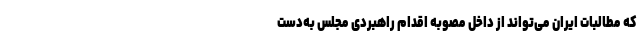
که مطالبات ایران می‌تواند از داخل مصوبه اقدام راهبردی مجلس به‌دست